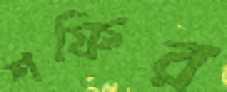
শফির